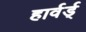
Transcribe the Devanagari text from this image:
हार्वर्ड्